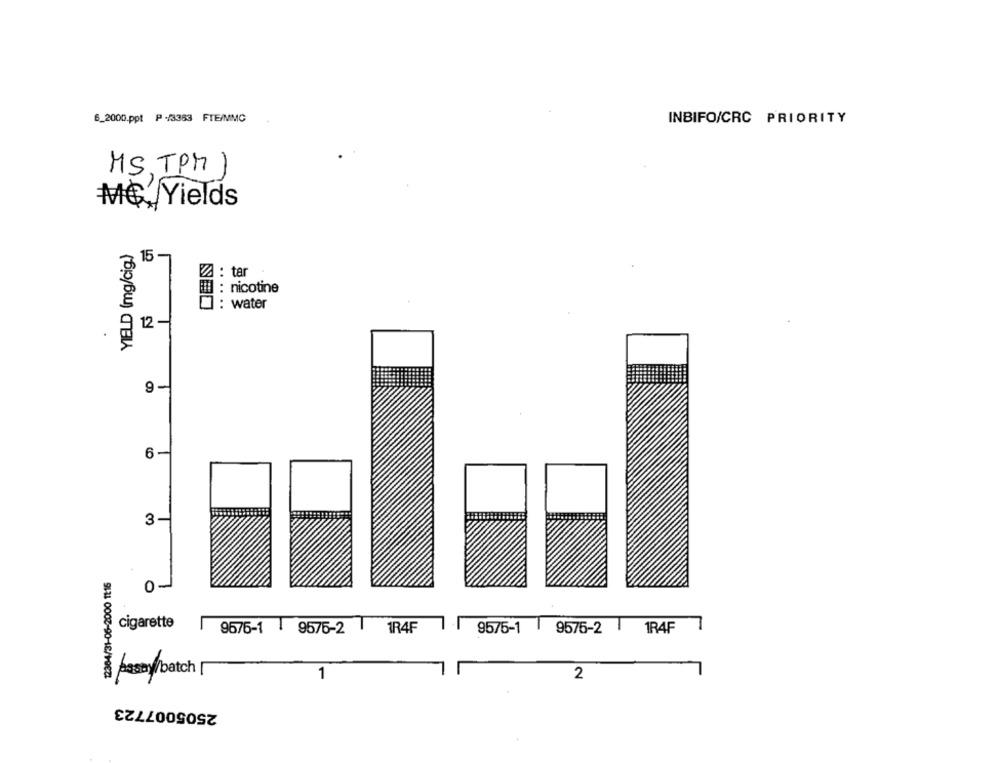
6_2000.ppt P-/3363 FTE/MMC
INBIFO/CRC PRIORITY
MS, TPM)
M' Yields
YIELD (mg/cig.)
15 -
Z : tar
E : nicotine
0 : water
12 -
9
1-
6-
3-
12364/31-06-2000 11:16
cigarette
9676-1
9576-2 1
1R4F
9575-1
9575-2
1R4F
pasm/batch
1
2
2505007723